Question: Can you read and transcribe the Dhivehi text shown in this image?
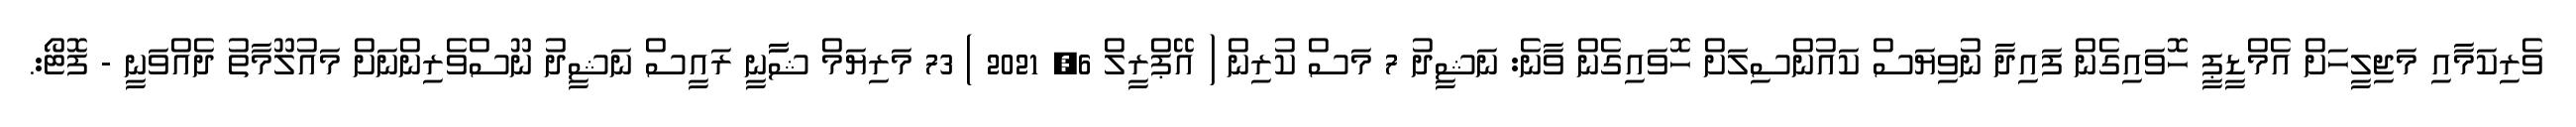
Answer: ވެރިކަމާއި މަޖިލީހަށް އެމްޑީޕީ ހޮވައިގެން ފައިދާ ނުވިޔަސް ކައުންސިލަށް ހޮވައިގެން ވާނެ: ނަޝީދު 7 މަސް ކުރިން ( އޭޕްރީލް 6, 2021 ) 73 މަރިޔަމް ޝާާނީ ރައީސް ނަޝީދު ނޫސްވެރިންނަށް މައުލޫމާތު ދެއްވަނީ - ފޮޓޯ:.